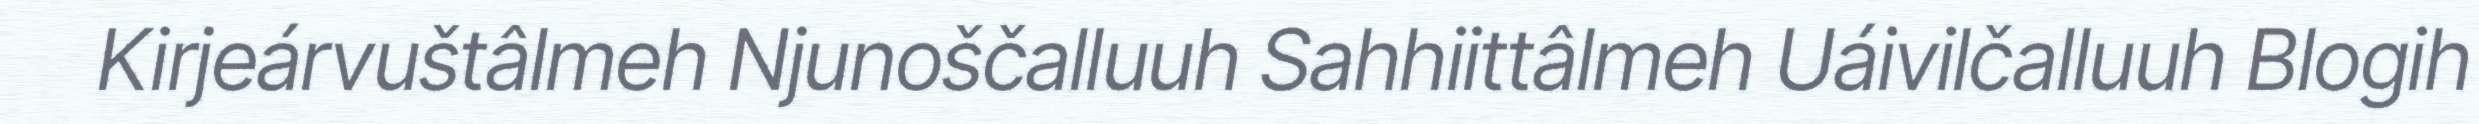
Kirjeárvuštâlmeh Njunoščalluuh Sahhiittâlmeh Uáivilčalluuh Blogih